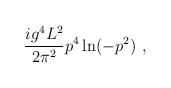
\begin{align*}\frac{ig^4 L^2}{2 \pi^2} p^4 \ln (-p^2) \ ,\end{align*}